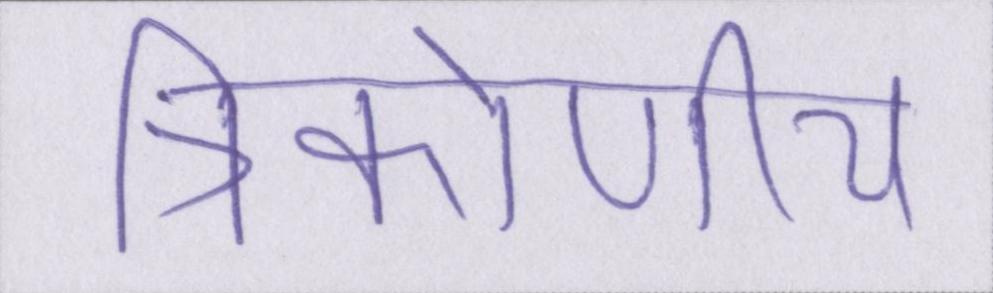
त्रिकोणीय